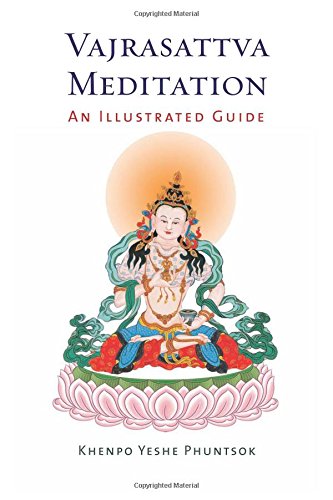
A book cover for Vajrasattva Meditation: An Illustrated Guide; Khenpo Yeshe Phuntsok; Religion & Spirituality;